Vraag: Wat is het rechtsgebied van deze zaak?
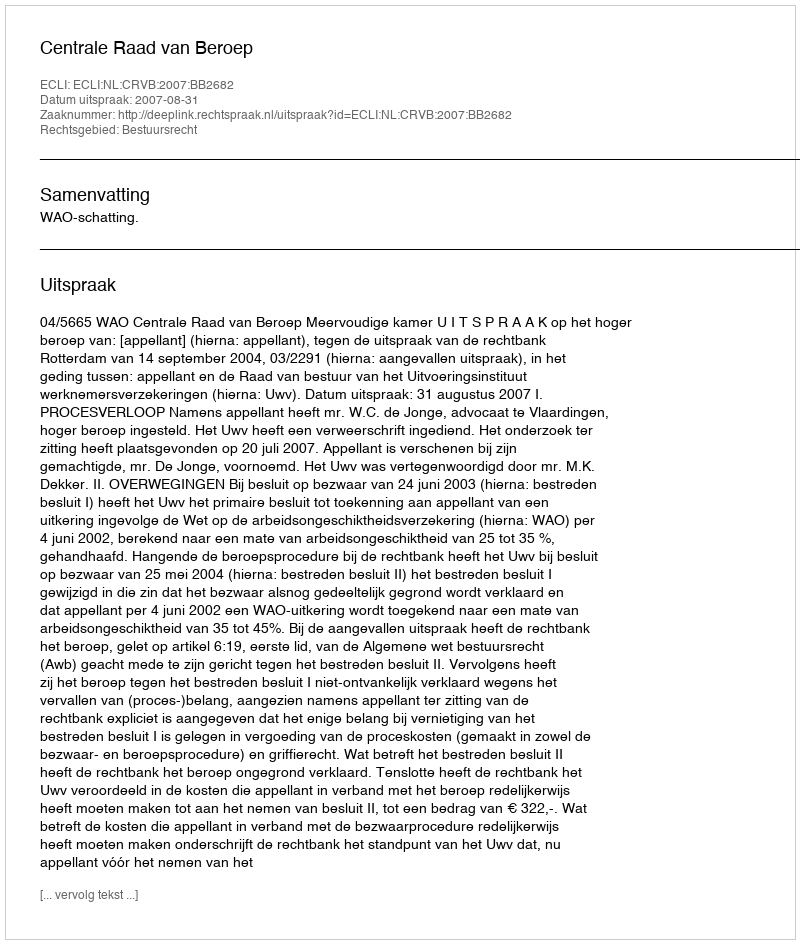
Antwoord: Bestuursrecht